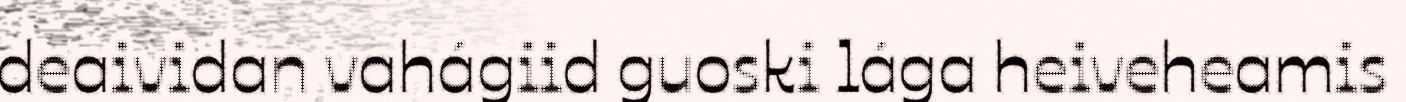
deaividan vahágiid guoski lága heiveheamis